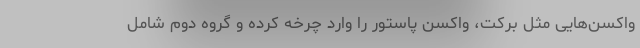
واکسن‌هایی مثل برکت، واکسن پاستور را وارد چرخه کرده و گروه دوم شامل